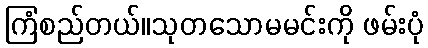
ကြံစည်တယ်။သုတသောမမင်းကို ဖမ်းပုံ